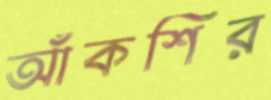
আঁকশির